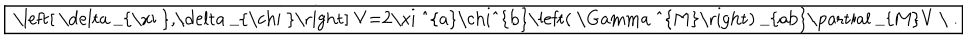
\fbox { \left[ \delta _ { \xi } , \delta _ { \chi } \right] V = 2 \xi ^ { a } \chi ^ { b } \left( \Gamma ^ { M } \right) _ { a b } \partial _ { M } V \ . }